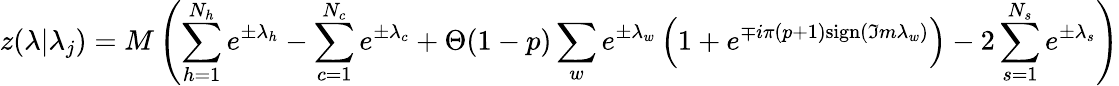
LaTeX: z(\lambda|\lambda_{j})=M\left(\sum_{h=1}^{N_{h}}e^{\pm\lambda_{h}}-\sum_{c=1}^{N_{c}}e^{\pm\lambda_{c}}+\Theta(1-p)\sum_{w}e^{\pm\lambda_{w}}\left(1+e^{\mp i\pi(p+1)\mathrm{sign}(\Im m\lambda_{w})}\right)-2\sum_{s=1}^{N_{s}}e^{\pm\lambda_{s}}\right)